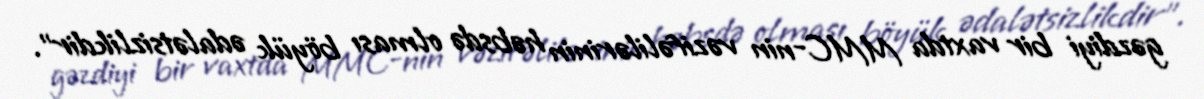
gəzdiyi bir vaxtda MMC-nin vəzifəlilərinin həbsdə olması böyük ədalətsizlikdir”.